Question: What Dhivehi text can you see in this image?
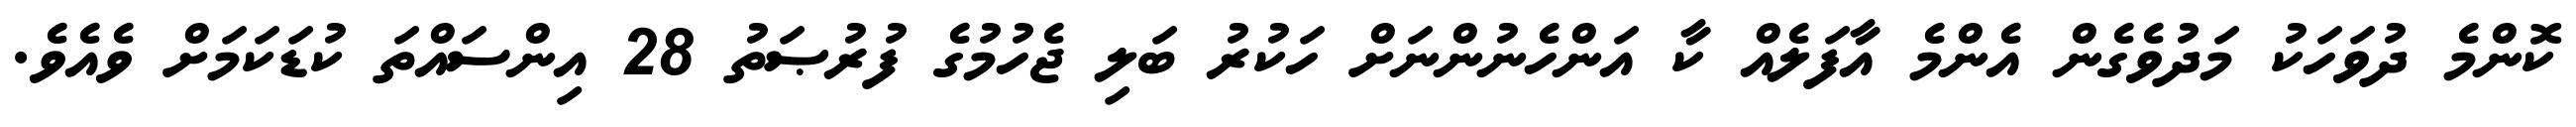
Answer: ކޮންމެ ދުވަހަކު މަދުވެގެން އެންމެ އާފަލެއް ކާ އަންހެނުންނަށް ހަކުރު ބަލި ޖެހުމުގެ ފުރުޞަތު 28 އިންސައްތަ ކުޑަކަމަށް ވެއެވެ.